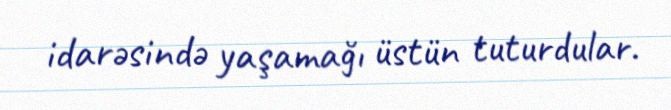
idarəsində yaşamağı üstün tuturdular.